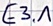
Text: E3.1